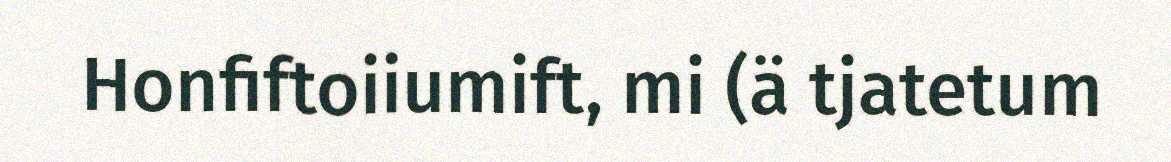
Honfiftoiiumift, mi (ä tjatetum